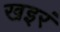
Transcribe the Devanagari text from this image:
खइरं